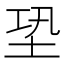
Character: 𡊼